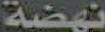
نهضة